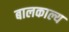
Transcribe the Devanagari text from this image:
बालकाल्य